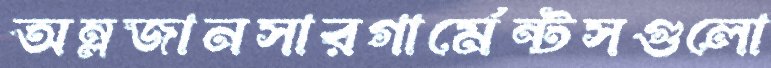
অম্লজানসারগার্মেন্টসগুলো